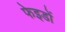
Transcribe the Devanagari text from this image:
फेइडों